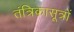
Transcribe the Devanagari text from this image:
तंत्रिकासूत्रों